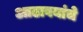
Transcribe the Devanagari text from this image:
आढावयांचे